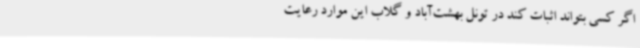
اگر کسی بتواند اثبات کند در تونل بهشت‌آباد و گلاب این موارد رعایت